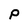
Character: P